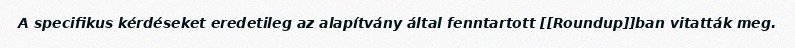
A specifikus kérdéseket eredetileg az alapítvány által fenntartott [[Roundup]]ban vitatták meg.